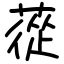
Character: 蓯